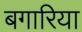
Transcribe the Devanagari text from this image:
बगारिया